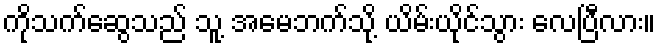
ကိုသက်ဆွေသည် သူ့ အမေဘက်သို့ ယိမ်းယိုင်သွား လေပြီလား။